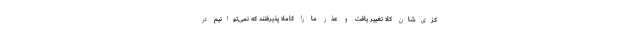
کزی‌شان کلا تغییر یافت و عذر ما را کاملا پذیرفتند که نمی‌توانیم در